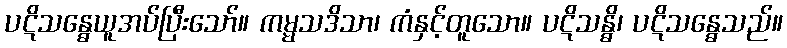
ပဋိသန္ဓေယူအပ်ပြီးသော်။ ကမ္မသဒိသာ၊ ကံနှင့်တူသော။ ပဋိသန္ဓိ၊ ပဋိသန္ဓေသည်။